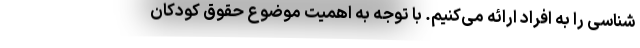
شناسی را به افراد ارائه می‌کنیم. با توجه به اهمیت موضوع حقوق کودکان